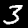
Label: 3